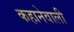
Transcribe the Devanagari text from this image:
कहानेवाली